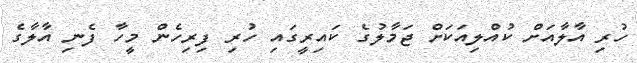
ހުރި އާލާއަށް ކުއްލިއަކަށް ޖަމާލުގެ ކައިރީގައި ހުރި ފިރިހެން މީހާ ފެނި އާލާގެ